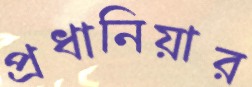
প্রধানিয়ার